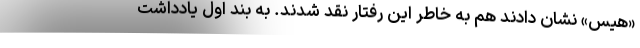
«هیس» نشان دادند هم به خاطر این رفتار نقد شدند. به بند اول یادداشت